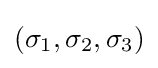
{\textstyle (\sigma _{1},\sigma _{2},\sigma _{3})}